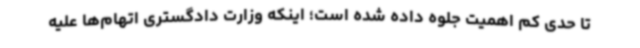
تا حدی کم اهمیت جلوه داده شده است؛ اینکه وزارت دادگستری اتهام‌ها علیه